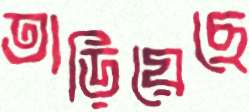
তাড়িয়েছে